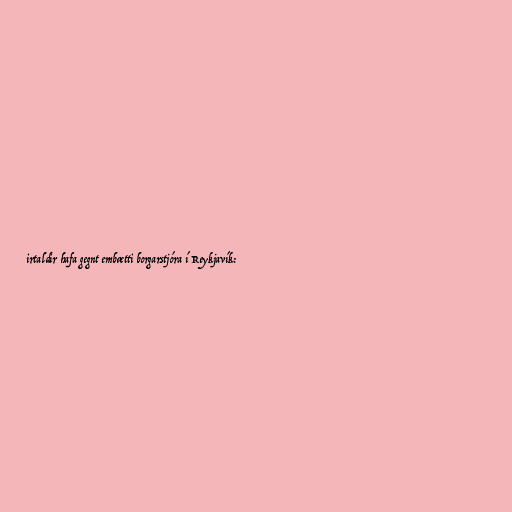
irtaldir hafa gegnt embætti borgarstjóra í Reykjavík: